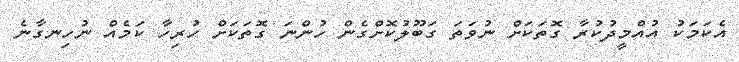
އެކަމަކު އުއްމީދުކުރާ ގޮތަކަށް ނުވަތަ ގަބޫލުކޮށްގެން ހުންނަ ގޮތަކަށް ހުރިހާ ކަމެއް ނުހިނގާނެ